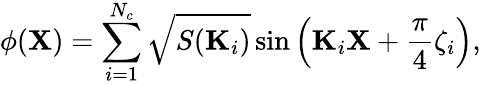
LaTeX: \phi(\mathbf{X})=\sum_{i=1}^{N_{c}}\sqrt{S(\mathbf{K}_{i})}\sin\left(\mathbf{K}_{i}\mathbf{X}+\frac{\pi}{4}\zeta_{i}\right),